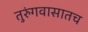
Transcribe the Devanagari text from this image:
तुरुंगवासातच